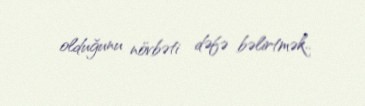
olduğunu növbəti dəfə bəlirtmək..